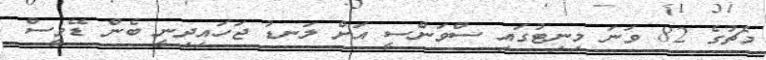
މެޗުގެ 82 ވަނަ މިނިޓުގައި ސްވަންސީ އަށް ލަނޑު ޖަހައިދިނީ ބެން ޑޭވީސް